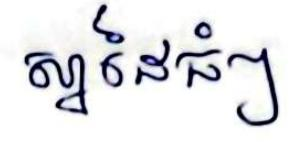
ស្នាដៃធំៗ